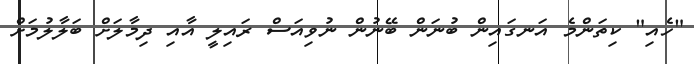
"ހެއި" ކިތަންމެ އަނގައިން ބުނަން ބޭނުން ނުވިއަސް ރައިލީ އާއި ދިމާލަށް ބަލާލުމަށް